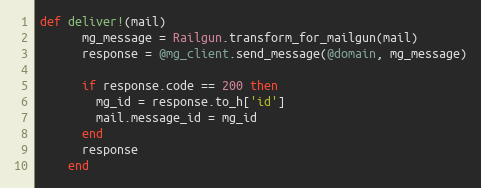
Language: Ruby
def deliver!(mail)
      mg_message = Railgun.transform_for_mailgun(mail)
      response = @mg_client.send_message(@domain, mg_message)

      if response.code == 200 then
        mg_id = response.to_h['id']
        mail.message_id = mg_id
      end
      response
    end